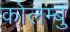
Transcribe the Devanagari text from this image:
कोलम्बु